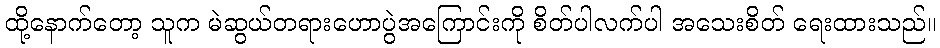
ထို့နောက်တော့ သူက မဲဆွယ်တရားဟောပွဲအကြောင်းကို စိတ်ပါလက်ပါ အသေးစိတ် ရေးထားသည်။